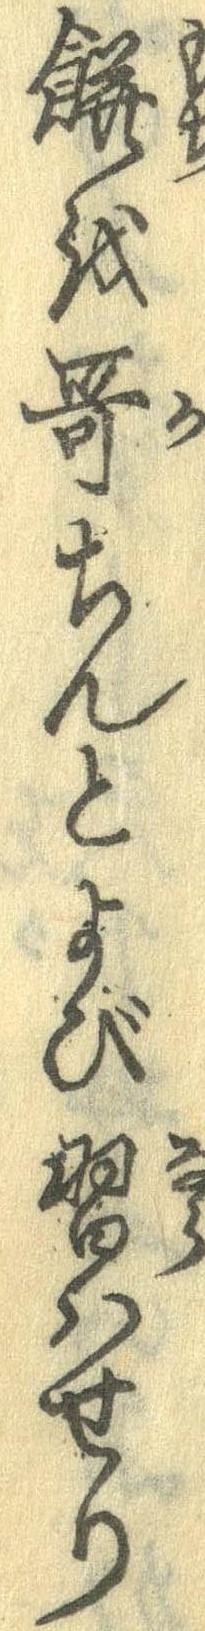
餅を歌ちんとよび習はせり